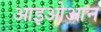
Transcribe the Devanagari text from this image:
आइओआन